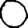
Digit: 0